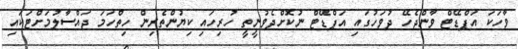
ވާހަކަ އަޕްޑޭޓް ވާންޖެހޭ ދުވަހުގައި އަޕްޑޭޓް ނުކޮށްދެވުނީތީ ހުރިހައި ކިޔުންތެރިން ހިތްހަމަ ޖައްސާލުމަށްޓަކައި